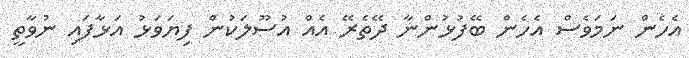
އެހެން ނަމަވެސް އެހެން ބޭފުޅުންނާ ދޭތެރޭ އެއް އުސޫލަކުން ފިޔަވަޅު އަޅާފައި ނުވާތީ